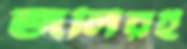
জলিরই